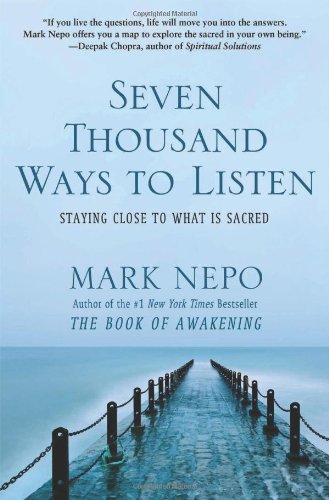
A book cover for Seven Thousand Ways to Listen: Staying Close to What Is Sacred; Mark Nepo; Self-Help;